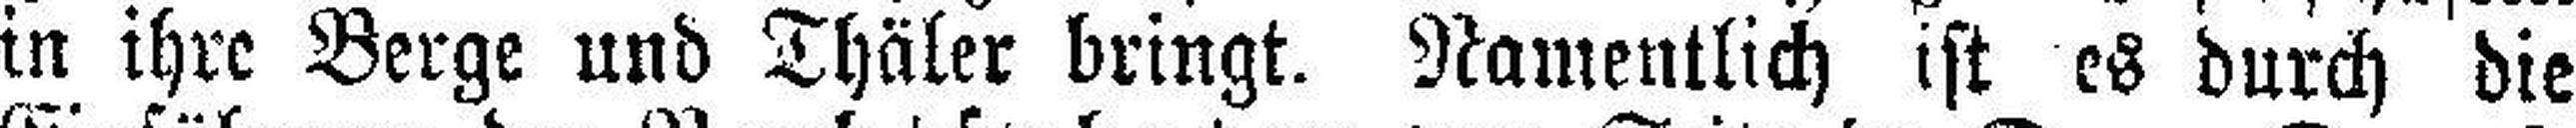
in ihre Berge und Thäler bringt. Namentlich ist es durch die